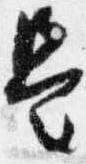
是